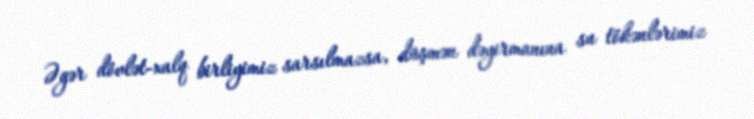
Əgər dövlət-xalq birliyimiz sarsılmazsa, düşmən dəyirmanına su tökənlərimiz